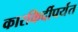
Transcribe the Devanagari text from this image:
कारकिर्दीपर्यंत